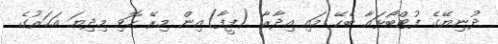
ދުނިޔޭގެ ފުޓްބޯޅައާ ބެހޭ މައި އިދާރާ (ފީފާ)އިން މިރޭ ހޮވި މިދިޔަ އަހަރުގެ